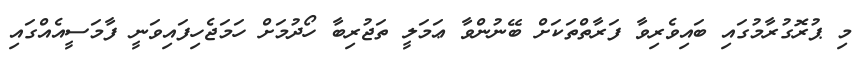
މި ޕުރޮގުރާމުގައި ބައިވެރިވާ ފަރާތްތަކަށް ބޭނުންވާ ޢަމަލީ ތަޖުރިބާ ހޯދުމަށް ހަމަޖެހިފައިވަނީ ފާމަސީއެއްގައި